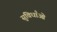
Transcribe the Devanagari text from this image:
सुविधाँओ